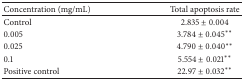
| Concentration (mg/mL) | Total apoptosis rate |
 | --- | --- |
 | Control | 2.835 ± 0.004 |
 | 0.005 | 3.784 ± 0.045∗∗ |
 | 0.025 | 4.790 ± 0.040∗∗ |
 | 0.1 | 5.554 ± 0.021∗∗ |
 | Positive control | 22.97 ± 0.032∗∗ |